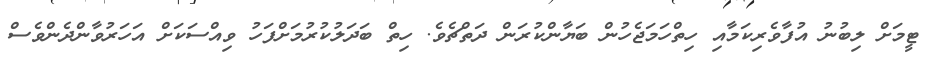
ޓީމަށް ލިބުނު އުފާވެރިކަމާއި ހިތްހަމަޖެހުން ބަޔާންކުރަން ދަތްޗެވެ. ހިތް ބަދަލުކުރުމަށްފަހު ވިއްސަކަށް އަހަރުވާންދެންވެސް